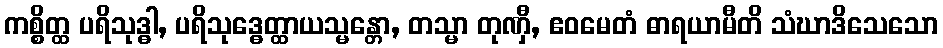
ကစ္စိတ္ထ ပရိသုဒ္ဓါ, ပရိသုဒ္ဓေတ္ထာယသ္မန္တော, တသ္မာ တုဏှီ, ဧဝမေတံ ဓာရယာမီတိ သံဃာဒိသေသော